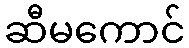
ဆီမကောင်